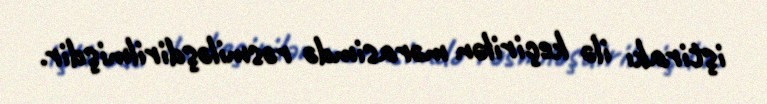
iştirakı ilə keçirilən mərasimdə rəsmiləşdirilmişdir.